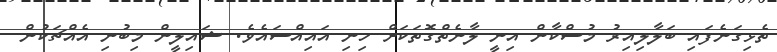
ތެޅިގަނެފައި ބަލާލިއިރު މުސްކާން އިނީ ލާނެތްގޮތަކަށް ހިނި އައިއްސައެވެ. ޝައިލީން މިބުނި އެއްޗަކުން